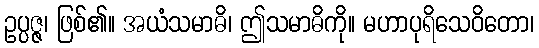
ဥပ္ပဇ္ဇ၊ ဖြစ်၏။ အယံသမာဓိ၊ ဤသမာဓိကို။ မဟာပုရိသေဝိတော၊